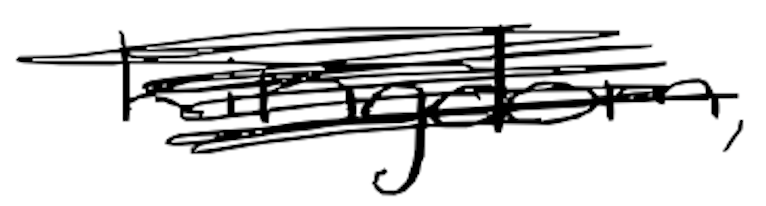
Text: kingdom,
Cross-out: scratch
Writing tool: digital_black